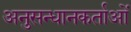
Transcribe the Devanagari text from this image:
अनुसन्धानकर्ताओं